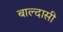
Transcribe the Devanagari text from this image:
बाल्दासी